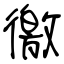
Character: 徼